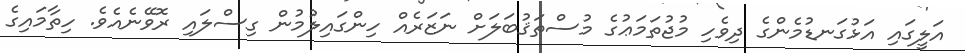
އަލީގައި އަޅުގަނޑުމެންގެ ދިވެހި މުޖުތަމަޢުގެ މުސްތަޤުބަލަށް ނަޒަރެއް ހިންގައިލުމުން ގިސްލައި ރޮވޭނެއެވެ. ހިތާމައިގެ